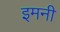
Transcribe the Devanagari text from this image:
इमनी